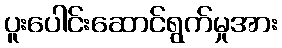
ပူးပေါင်းဆောင်ရွက်မှုအား